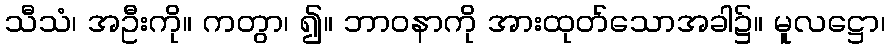
သီသံ၊ အဦးကို။ ကတွာ၊ ၍။ ဘာဝနာကို အားထုတ်သောအခါ၌။ မူလဋ္ဌော၊